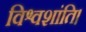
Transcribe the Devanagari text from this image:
विश्वशांति।